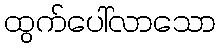
ထွက်ပေါ်လာသော